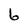
Character: b